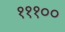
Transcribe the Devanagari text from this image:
१११००